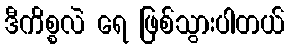
ဒီကိစ္စလဲ ရေ ဖြစ်သွားပါတယ်